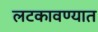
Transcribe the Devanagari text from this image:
लटकावण्यात